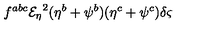
f ^ { a b c } { { \mathcal { E } _ { \eta } } } ^ { 2 } ( \eta ^ { b } + \psi ^ { b } ) ( \eta ^ { c } + \psi ^ { c } ) \delta \varsigma